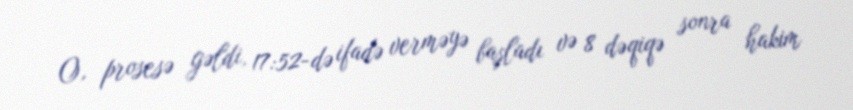
O, prosesə gəldi, 17:52-də ifadə verməyə başladı və 8 dəqiqə sonra hakim